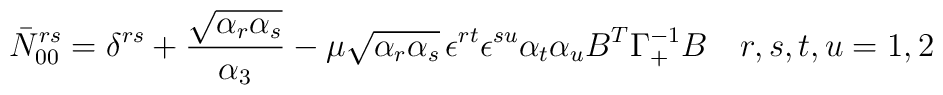
\bar N_{00}^{rs} = \delta^{rs} + {\sqrt{\alpha_r\alpha_s} \over\alpha_3} -\mu\sqrt{\alpha_r\alpha_s}\,\epsilon^{rt}\epsilon^{su}\alpha_t \alpha_u B^T \Gamma_+^{-1} B \quad r,s,t,u = 1,2